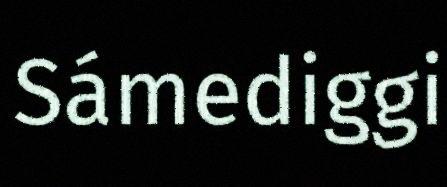
Sámediggi